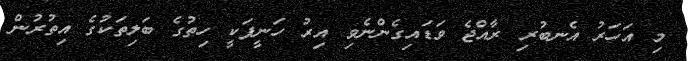
މި އަހަރު އެނބުރި ރާއްޖެ ވަޑައިގެންނެވި އިރު ހަނީފަކީ ހިތުގެ ބަލިތަކުގެ އިތުރުން